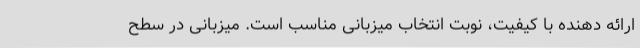
ارائه دهنده با کیفیت، نوبت انتخاب میزبانی مناسب است. میزبانی در سطح